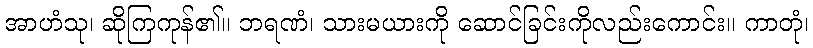
အာဟံသု၊ ဆိုကြကုန်၏။ ဘရဏံ၊ သားမယားကို ဆောင်ခြင်းကိုလည်းကောင်း။ ကာတုံ၊